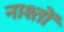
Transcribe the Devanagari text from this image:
नाश्तों